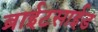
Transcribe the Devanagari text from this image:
ब्राईटसाईड